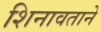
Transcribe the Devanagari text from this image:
शिनावताने